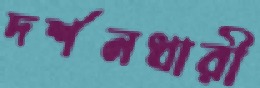
দর্শনধারী